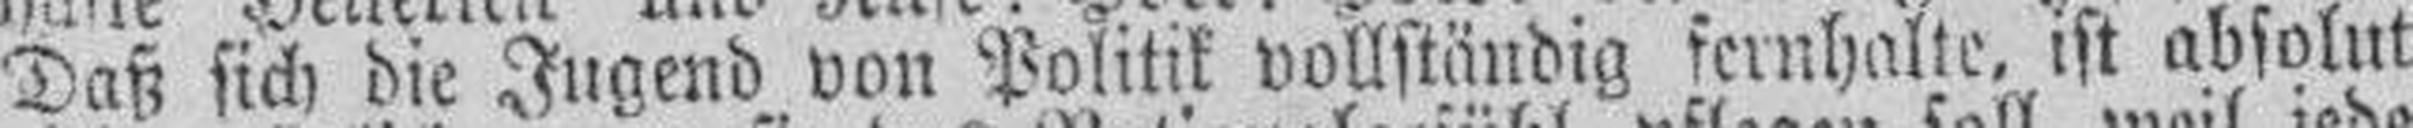
Daß sich die Jugend von Politik vollständig fernhalte, ist absolut